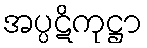
အပ္ပဋိကုဋ္ဌာ